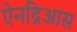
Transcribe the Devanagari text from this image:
ऐनद्रिआस